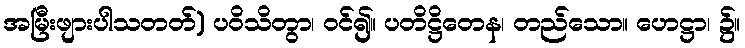
အမြီးဖျားပါသတတ်) ပဝိသိတွာ၊ ဝင်၍။ ပတိဋ္ဌိတေန၊ တည်သော။ ဟေဋ္ဌာ၊ ၌။